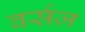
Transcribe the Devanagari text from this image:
वर्सज़